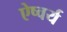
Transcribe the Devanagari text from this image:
ऐष्वर्य